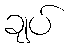
ချပ်